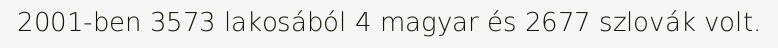
2001-ben 3573 lakosából 4 magyar és 2677 szlovák volt.